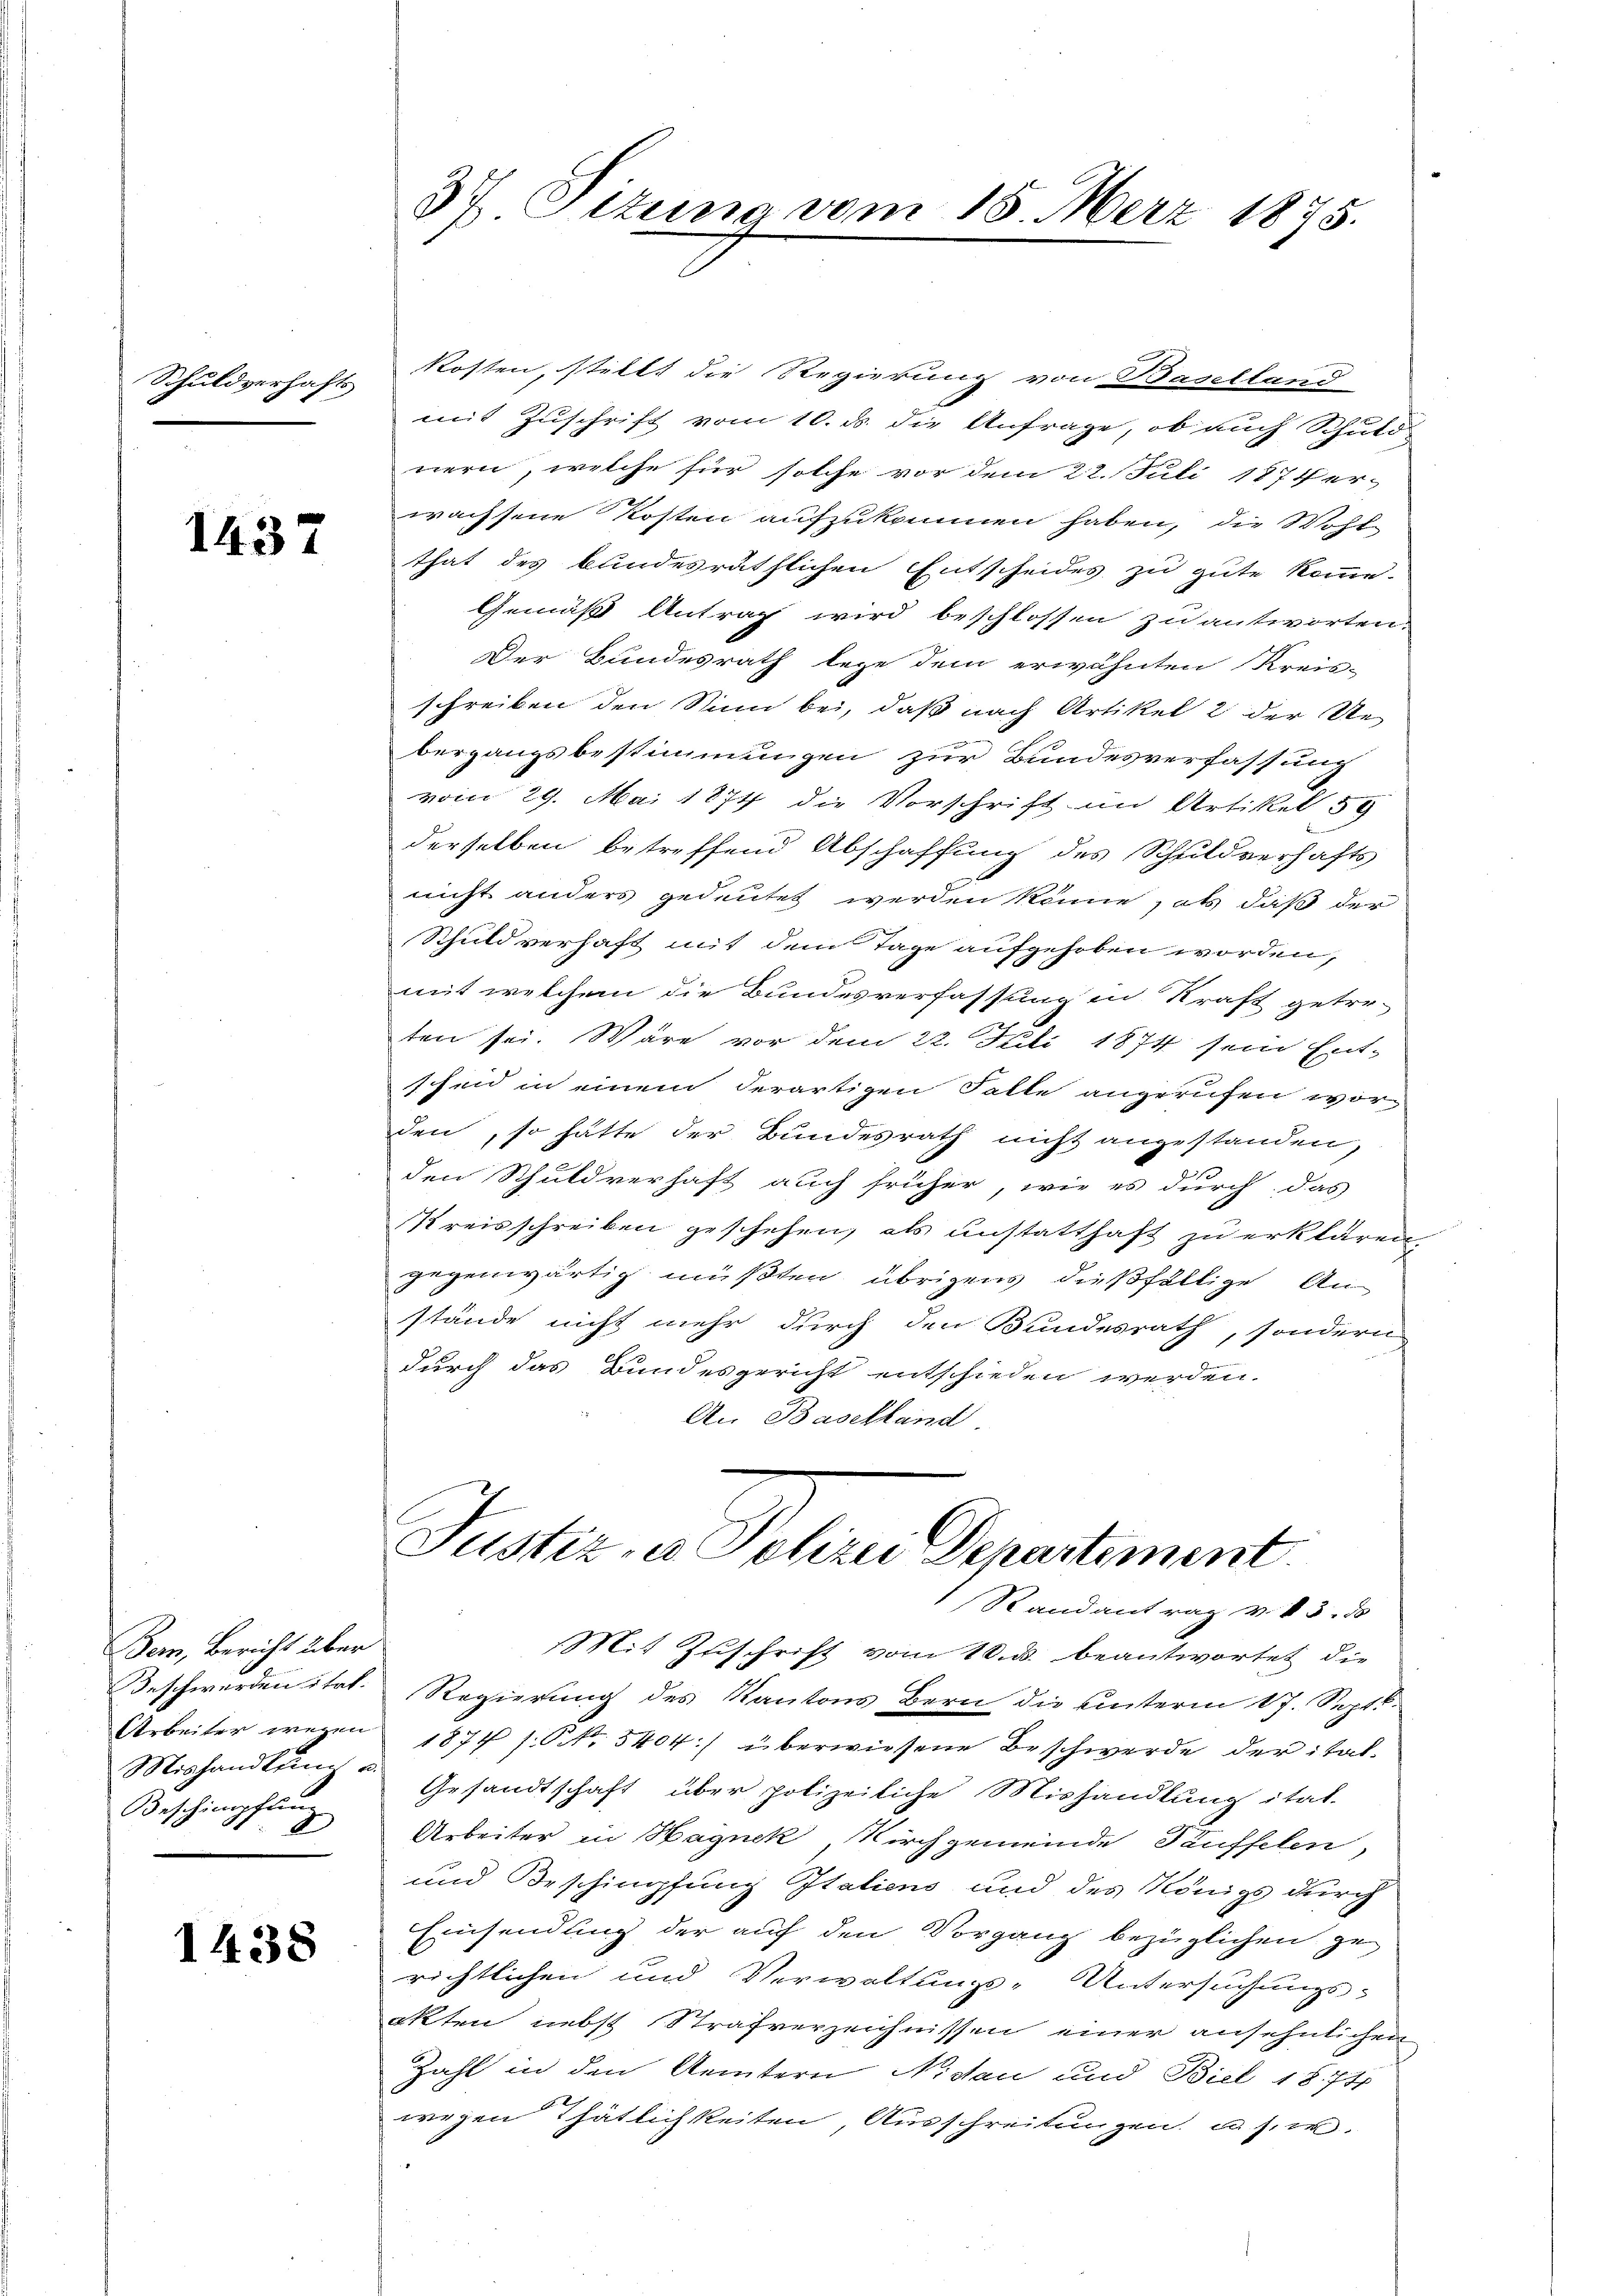
Schuldverhafts

1437

Bern, Bericht über
Mishandlung u.
Beschimpflanz
A

1438

Kosten, stillt die Regierung von Baselland
mit Zuschrift vom 10. ds. die Anfrage, ob auch Schuld
nern, welche für solche vor dem 22. Juli 1877 er-
wachsene Kosten aufzukommen haben, die Wohl
that des bundesräthlichen Entscheides zu gute komme.
Gemäß Antrag wird beschlossen zu antworten.
Der Bundesrath lege dem erwähnten Kreis-
schreiben den Sinn bei, daß nach Artikel 2 der Ve
bergangsbestimmungen zur Bundesverfassung
vom 29. Mai 1874 die Vorschrift im Artikel 59
derselben betreffend Abschaffung des Schuldverhafts
nicht anders gedeutet werden könne ab, daß der
Schuldverhaft mit dem Tage aufgehoben worden,
mit welchem die Bundesverfassung in Kraft getre-
ten sei. Wäre vor dem 22. Juli 1874 sein Ent-
scheid in einem derartigen Falle angerufen worden, so hätte der Bundesrath nicht angestanden,
den Schuldverhaft auch früher, wie es durch das
Kreisschreiben geschehen, als anstatthaft zu erklären,
gegenwärtig müßten übrigens dießfällige An-
stände nicht mehr durch den Bundesrath, sondern
durch das Bundesgericht entschieden werden.
An Baselland.

37 Pitung vom 15. März 1875.

Justiz, an Peterei Departement
Randantrag v. 3. d

Mit Zuschrift vom 10. ds. beantwortet, die
Beschwerden itat. Regierung des Kantons Bern die unterm 17. Septb.
Arbeiter wegen 1874 s. S. 5404) überwiesene Beschwerde der ital¬
Gesandtschaft über polizeiliche Mishandlung itat.
Arbeiter in Haynek, Kirchgemeinde Täuffelen,
und Beschimpfung Italiens und des Königs durch
Einsendung der auf den Vorgang bezüglichen gerichtlichen und Verwaltungs-Untersuchungsakten nebst Strafverzeichnissen einer ansehnlichen
Zahl in den Aemtern Nidau und Biel 1874
wegen Thätlichkeiten, Ausschreitungen u. s. w.